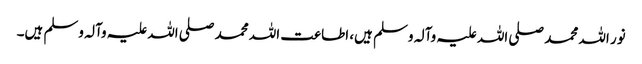
نور اللہ محمد صلی اللہ علیہ وآلہ وسلم ہیں، اطاعت اللہ محمد صلی اللہ علیہ وآلہ وسلم ہیں۔